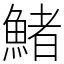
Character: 鯺